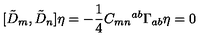
[ { \tilde { D } } _ { m } , { \tilde { D } } _ { n } ] \eta = - \frac { 1 } { 4 } C _ { m n } { } ^ { a b } \Gamma _ { a b } \eta = 0